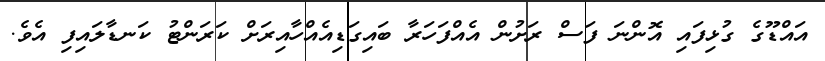
އައްޑޫގެ ގުޅިފައި އޮންނަ ފަސް ރަށުން އެއްފަހަރާ ބައިގަޑިއެއްހާއިރަށް ކަރަންޓު ކަނޑާލައިފި އެވެ.